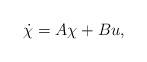
LaTeX: \begin{align*}\dot{\chi}=A\chi+Bu,\end{align*}